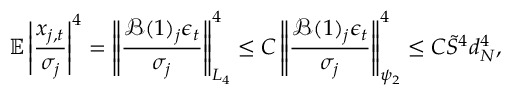
\mathbb { E } \left\lvert \frac { x _ { j , t } } { \sigma _ { j } } \right\rvert ^ { 4 } = \left\lVert \frac { \mathcal { B } ( 1 ) _ { j } \boldsymbol { \epsilon } _ { t } } { \sigma _ { j } } \right\rVert _ { L _ { 4 } } ^ { 4 } \leq C \left\lVert \frac { \mathcal { B } ( 1 ) _ { j } \boldsymbol { \epsilon } _ { t } } { \sigma _ { j } } \right\rVert _ { \psi _ { 2 } } ^ { 4 } \leq C \tilde { S } ^ { 4 } d _ { N } ^ { 4 } ,